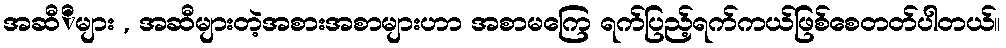
အဆီီများ , အဆီများတဲ့အစားအစာများဟာ အစာမကြေ ရက်ပြည့်ရက်ကယ်ဖြစ်စေတတ်ပါတယ်။